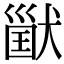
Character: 𤠪